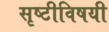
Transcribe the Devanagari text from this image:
सृष्टीविषयी